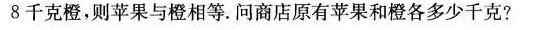
8千克橙，则苹果与橙相等。问商店原有苹果和橙各多少千克?